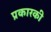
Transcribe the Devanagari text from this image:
प्रकारकी